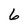
Character: 6